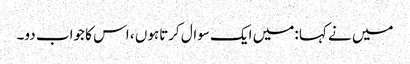
میں نے کہا :میں ایک سوال کرتاہوں ، اس کا جواب دو۔